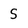
Character: S